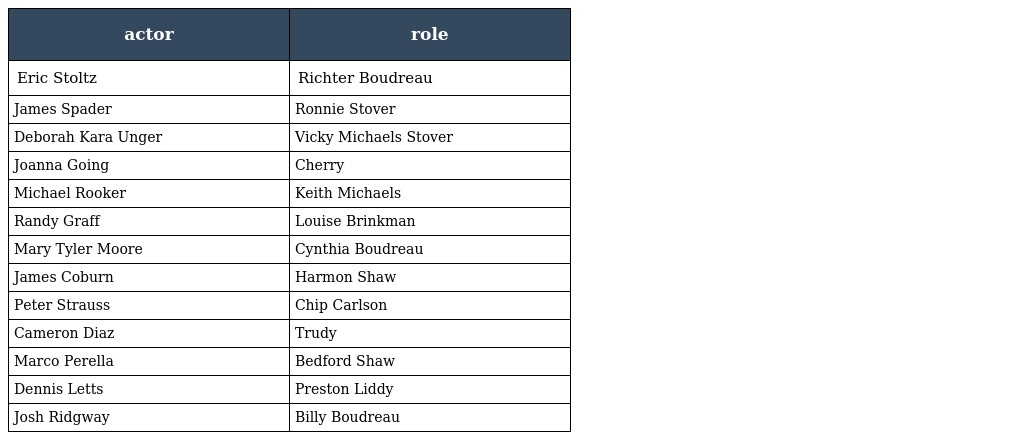
| actor | role |
 | --- | --- |
 | Eric Stoltz | Richter Boudreau |
 | James Spader | Ronnie Stover |
 | Deborah Kara Unger | Vicky Michaels Stover |
 | Joanna Going | Cherry |
 | Michael Rooker | Keith Michaels |
 | Randy Graff | Louise Brinkman |
 | Mary Tyler Moore | Cynthia Boudreau |
 | James Coburn | Harmon Shaw |
 | Peter Strauss | Chip Carlson |
 | Cameron Diaz | Trudy |
 | Marco Perella | Bedford Shaw |
 | Dennis Letts | Preston Liddy |
 | Josh Ridgway | Billy Boudreau |